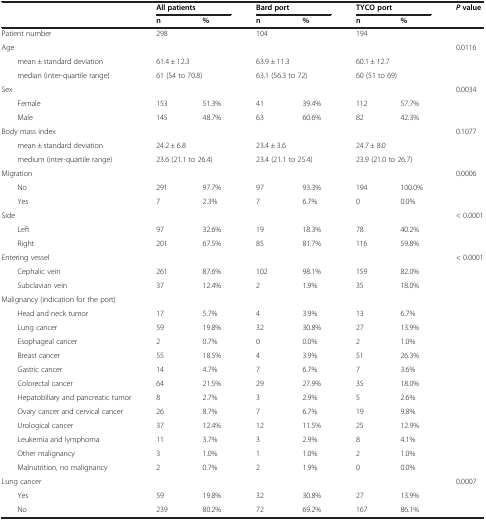
<table><thead><tr><td><b> </b></td><td colspan="2"><b>All patients</b></td><td colspan="2"><b>Bard port</b></td><td colspan="2"><b>TYCO port</b></td><td><b><i>P</i>value</b></td></tr><tr><td><b> </b></td><td><b>n</b></td><td><b>%</b></td><td><b>n</b></td><td><b>%</b></td><td><b>n</b></td><td><b>%</b></td><td><b> </b></td></tr></thead><tbody><tr><td>Patient number</td><td>298</td><td> </td><td>104</td><td> </td><td>194</td><td> </td><td> </td></tr><tr><td>Age</td><td> </td><td> </td><td> </td><td> </td><td> </td><td> </td><td>0.0116</td></tr><tr><td>mean ± standard deviation</td><td colspan="2">61.4 ± 12.3</td><td colspan="2">63.9 ± 11.3</td><td colspan="2">60.1 ± 12.7</td><td> </td></tr><tr><td>median (inter-quartile range)</td><td colspan="2">61 (54 to 70.8)</td><td colspan="2">63.1 (56.3 to 72)</td><td colspan="2">60 (51 to 69)</td><td> </td></tr><tr><td>Sex</td><td> </td><td> </td><td> </td><td> </td><td> </td><td> </td><td>0.0034</td></tr><tr><td>Female</td><td>153</td><td>51.3%</td><td>41</td><td>39.4%</td><td>112</td><td>57.7%</td><td> </td></tr><tr><td>Male</td><td>145</td><td>48.7%</td><td>63</td><td>60.6%</td><td>82</td><td>42.3%</td><td> </td></tr><tr><td>Body mass index</td><td> </td><td> </td><td> </td><td> </td><td> </td><td> </td><td>0.1077</td></tr><tr><td>mean ± standard deviation</td><td colspan="2">24.2 ± 6.8</td><td colspan="2">23.4 ± 3.6</td><td colspan="2">24.7 ± 8.0</td><td> </td></tr><tr><td>medium (inter-quartile range)</td><td colspan="2">23.6 (21.1 to 26.4)</td><td colspan="2">23.4 (21.1 to 25.4)</td><td colspan="2">23.9 (21.0 to 26.7)</td><td> </td></tr><tr><td>Migration</td><td> </td><td> </td><td> </td><td> </td><td> </td><td> </td><td>0.0006</td></tr><tr><td>No</td><td>291</td><td>97.7%</td><td>97</td><td>93.3%</td><td>194</td><td>100.0%</td><td> </td></tr><tr><td>Yes</td><td>7</td><td>2.3%</td><td>7</td><td>6.7%</td><td>0</td><td>0.0%</td><td> </td></tr><tr><td>Side</td><td> </td><td> </td><td> </td><td> </td><td> </td><td> </td><td>&lt; 0.0001</td></tr><tr><td>Left</td><td>97</td><td>32.6%</td><td>19</td><td>18.3%</td><td>78</td><td>40.2%</td><td> </td></tr><tr><td>Right</td><td>201</td><td>67.5%</td><td>85</td><td>81.7%</td><td>116</td><td>59.8%</td><td> </td></tr><tr><td>Entering vessel</td><td> </td><td> </td><td> </td><td> </td><td> </td><td> </td><td>&lt; 0.0001</td></tr><tr><td>Cephalic vein</td><td>261</td><td>87.6%</td><td>102</td><td>98.1%</td><td>159</td><td>82.0%</td><td> </td></tr><tr><td>Subclavian vein</td><td>37</td><td>12.4%</td><td>2</td><td>1.9%</td><td>35</td><td>18.0%</td><td> </td></tr><tr><td>Malignancy (indication for the port)</td><td> </td><td> </td><td> </td><td> </td><td> </td><td> </td><td> </td></tr><tr><td>Head and neck tumor</td><td>17</td><td>5.7%</td><td>4</td><td>3.9%</td><td>13</td><td>6.7%</td><td> </td></tr><tr><td>Lung cancer</td><td>59</td><td>19.8%</td><td>32</td><td>30.8%</td><td>27</td><td>13.9%</td><td> </td></tr><tr><td>Esophageal cancer</td><td>2</td><td>0.7%</td><td>0</td><td>0.0%</td><td>2</td><td>1.0%</td><td> </td></tr><tr><td>Breast cancer</td><td>55</td><td>18.5%</td><td>4</td><td>3.9%</td><td>51</td><td>26.3%</td><td> </td></tr><tr><td>Gastric cancer</td><td>14</td><td>4.7%</td><td>7</td><td>6.7%</td><td>7</td><td>3.6%</td><td> </td></tr><tr><td>Colorectal cancer</td><td>64</td><td>21.5%</td><td>29</td><td>27.9%</td><td>35</td><td>18.0%</td><td> </td></tr><tr><td>Hepatobiliary and pancreatic tumor</td><td>8</td><td>2.7%</td><td>3</td><td>2.9%</td><td>5</td><td>2.6%</td><td> </td></tr><tr><td>Ovary cancer and cervical cancer</td><td>26</td><td>8.7%</td><td>7</td><td>6.7%</td><td>19</td><td>9.8%</td><td> </td></tr><tr><td>Urological cancer</td><td>37</td><td>12.4%</td><td>12</td><td>11.5%</td><td>25</td><td>12.9%</td><td> </td></tr><tr><td>Leukemia and lymphoma</td><td>11</td><td>3.7%</td><td>3</td><td>2.9%</td><td>8</td><td>4.1%</td><td> </td></tr><tr><td>Other malignancy</td><td>3</td><td>1.0%</td><td>1</td><td>1.0%</td><td>2</td><td>1.0%</td><td> </td></tr><tr><td>Malnutrition, no malignancy</td><td>2</td><td>0.7%</td><td>2</td><td>1.9%</td><td>0</td><td>0.0%</td><td> </td></tr><tr><td>Lung cancer</td><td> </td><td> </td><td> </td><td> </td><td> </td><td> </td><td>0.0007</td></tr><tr><td>Yes</td><td>59</td><td>19.8%</td><td>32</td><td>30.8%</td><td>27</td><td>13.9%</td><td> </td></tr><tr><td>No</td><td>239</td><td>80.2%</td><td>72</td><td>69.2%</td><td>167</td><td>86.1%</td><td> </td></tr></tbody></table>